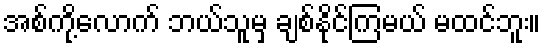
အစ်ကို့လောက် ဘယ်သူမှ ချစ်နိုင်ကြမယ် မထင်ဘူး။